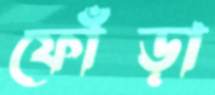
ফোঁড়া